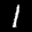
Label: 1